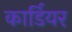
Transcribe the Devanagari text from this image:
कार्डियर